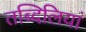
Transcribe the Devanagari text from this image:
तब्दिलियां